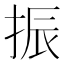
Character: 振